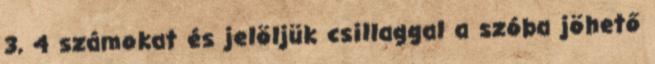
3, 4 számokat és jelöljük csillaggal a szóba jöhető